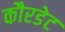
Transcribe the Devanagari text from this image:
कौरडेट